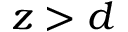
z > d